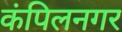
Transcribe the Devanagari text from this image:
कंपिलनगर